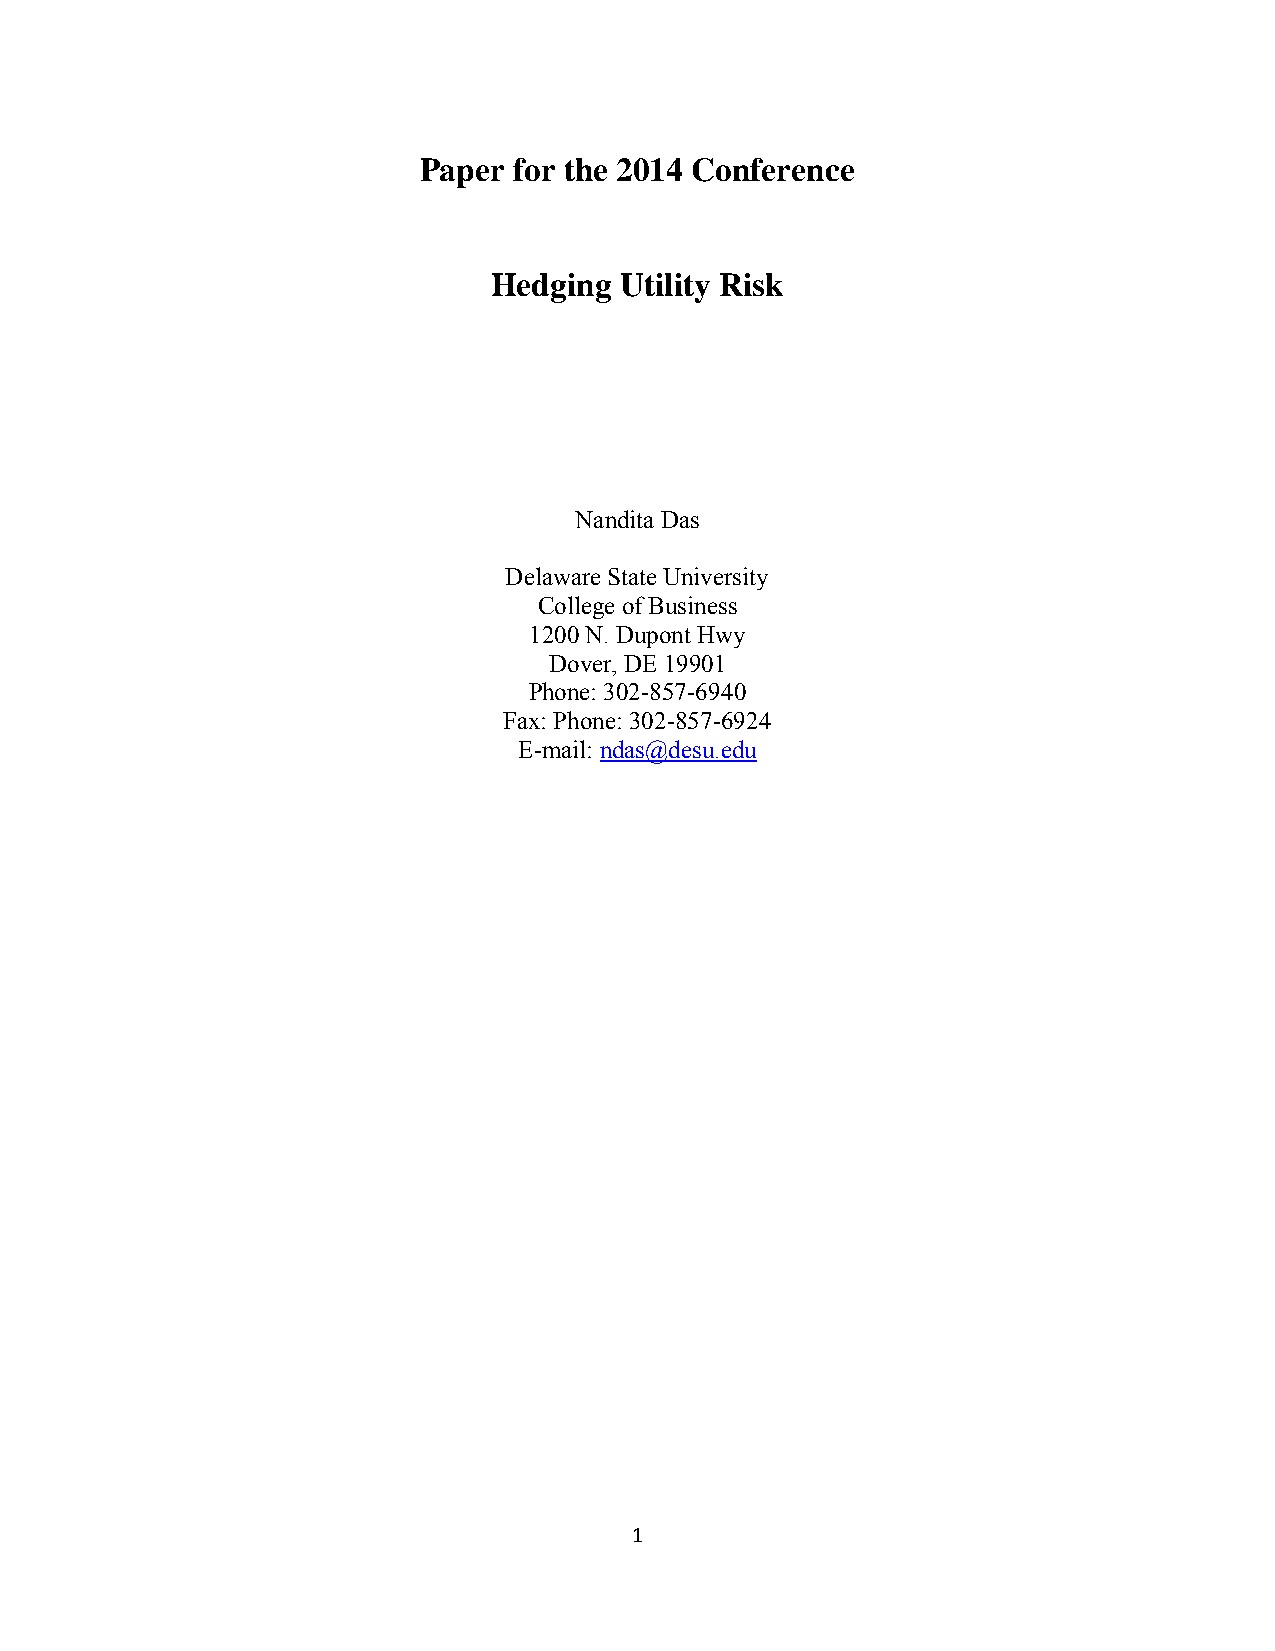
Paper for the 2014 Conference
 Hedging Utility Risk
 Nandita Das
 Delaware State University
 College of Business
 1200 N. Dupont Hwy
 Dover, DE 19901
 Phone: 302-857-6940
 Fax: Phone: 302-857-6924
 E-mail: ndas@desu.edu
 1